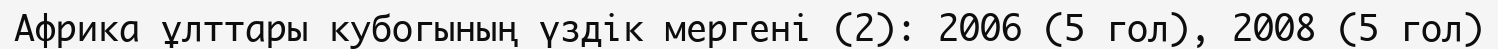
Африка ұлттары кубогының үздік мергені (2): 2006 (5 гол), 2008 (5 гол)